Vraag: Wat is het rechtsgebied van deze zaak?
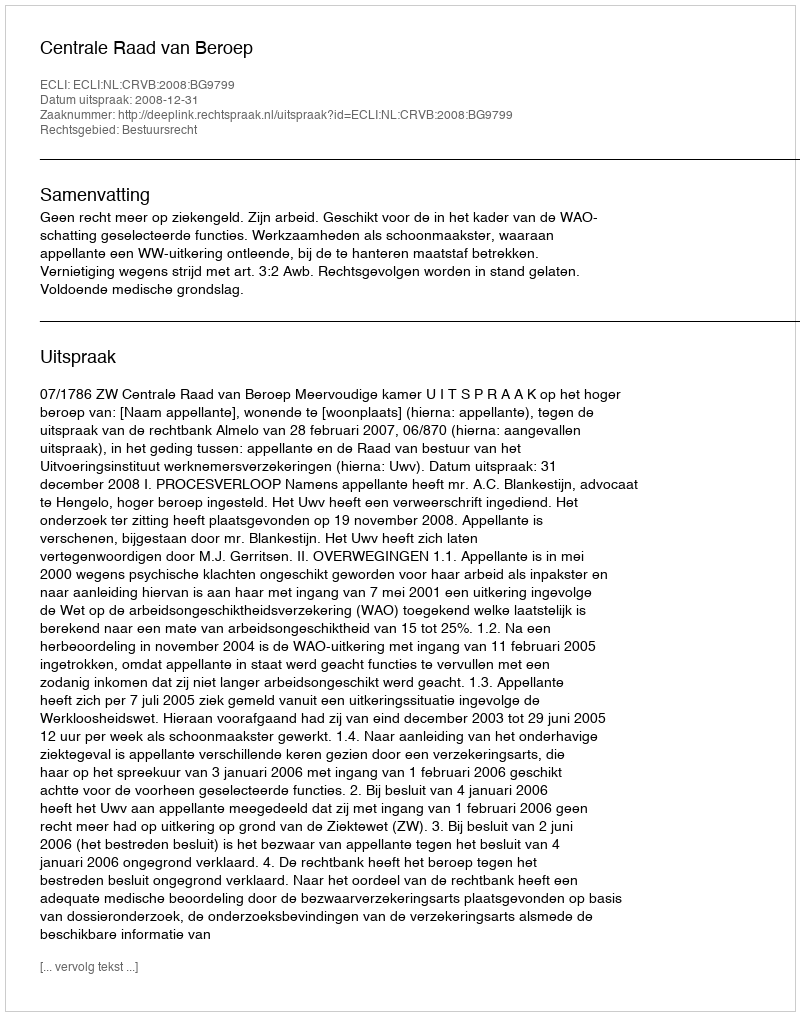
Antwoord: Bestuursrecht